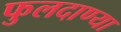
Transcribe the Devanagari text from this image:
फुलदाण्या